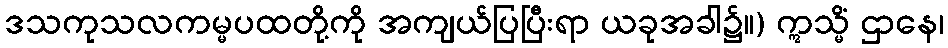
ဒသကုသလကမ္မပထတို့ကို အကျယ်ပြပြီးရာ ယခုအခါ၌။) ဣသ္မိံ ဌာနေ၊